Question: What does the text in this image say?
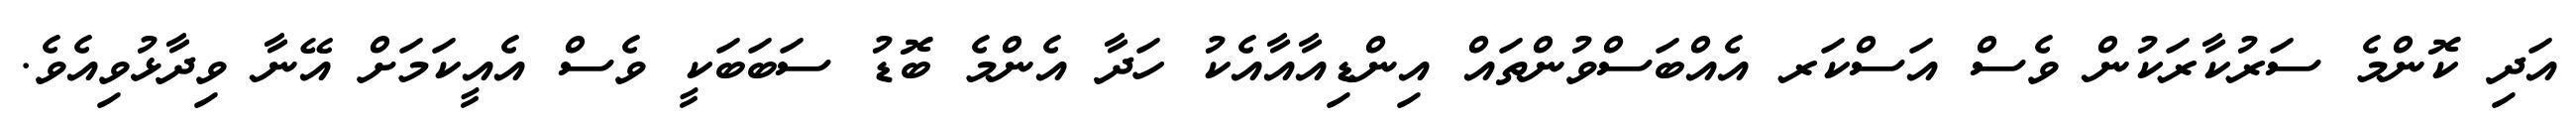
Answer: އަދި ކޮންމެ ސަރުކާރަކުން ވެސް އަސްކަރ އެއްބަސްވުންތައް އިންޑިއާއާއެކު ހަދާ އެންމެ ބޮޑު ސަބަބަކީ ވެސް އެއީކަމަށް އޭނާ ވިދާޅުވިއެވެ.